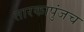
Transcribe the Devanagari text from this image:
तारकापुंजच